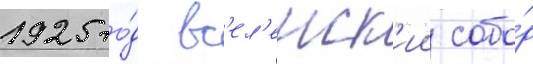
1925 го́д вс'ел'енск'ии собо́р